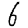
Digit: 6